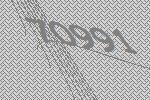
70991